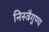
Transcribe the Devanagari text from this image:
निस्त्रैगुण्य